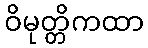
ဝိမုတ္တိကထာ